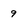
Character: 9